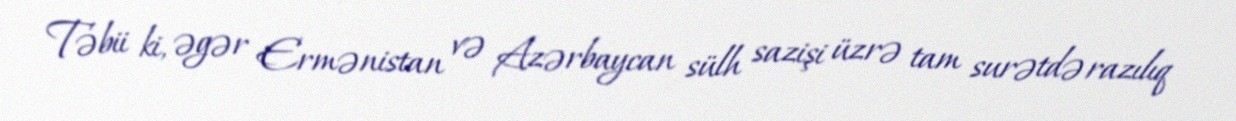
Təbii ki, əgər Ermənistan və Azərbaycan sülh sazişi üzrə tam surətdə razılıq